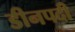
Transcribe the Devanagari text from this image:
डीनपदी